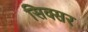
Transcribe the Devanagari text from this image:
सिक्सर